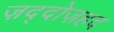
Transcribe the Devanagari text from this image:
ज़द्दोज़हद